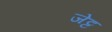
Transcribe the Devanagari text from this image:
जेट्ट